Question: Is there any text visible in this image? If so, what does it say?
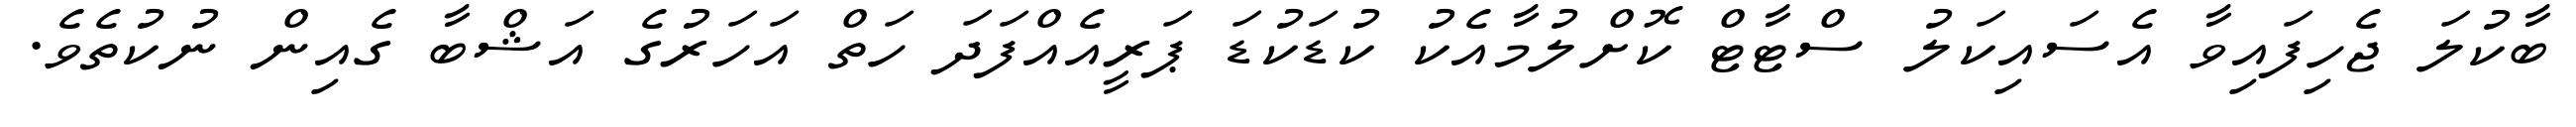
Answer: ބާކުލަ ޖެހިފައިވާ އެސައިކަލު ސްޓާޓް ކޮށްލުމާއެކު ކުޑަކުޑަ ޕަރީއެއްފަދަ ހަތް އަހަރުގެ އަޝްބާ ގެއިން ނުކުތެވެ.